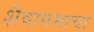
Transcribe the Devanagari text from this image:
शैवागमाचा